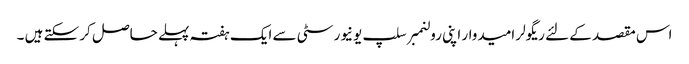
اس مقصد کے لئے ریگولر امیدوار اپنی رولنمبر سلپ یونیورسٹی سے ایک ہفتہ پہلے حاصل کر سکتے ہیں ۔